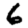
Digit: 6